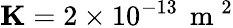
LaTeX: \mathbf{K}=2\times 10^{-13}\, \mathrm{~m~}^{2}